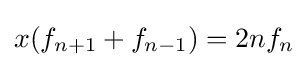
x(f_{n+1}+f_{n-1})=2nf_{n}